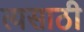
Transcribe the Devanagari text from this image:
त्यसाठी